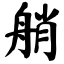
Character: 艄